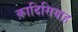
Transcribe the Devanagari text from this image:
क़ादिसियाह